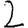
Digit: 2